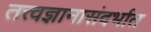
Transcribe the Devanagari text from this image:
तत्त्वज्ञानासंदर्भात